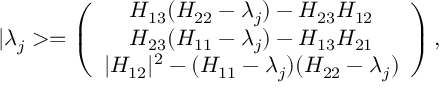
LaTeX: | \lambda _ { j } > = \left( \begin{array} { c } { { H _ { 1 3 } ( H _ { 2 2 } - \lambda _ { j } ) - H _ { 2 3 } H _ { 1 2 } } } \\ { { H _ { 2 3 } ( H _ { 1 1 } - \lambda _ { j } ) - H _ { 1 3 } H _ { 2 1 } } } \\ { { | H _ { 1 2 } | ^ { 2 } - ( H _ { 1 1 } - \lambda _ { j } ) ( H _ { 2 2 } - \lambda _ { j } ) } } \end{array} \right) ,